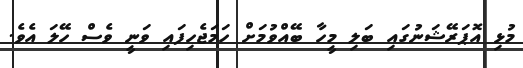
މުޅި އޮޕަރޭޝަނުގައި ބަލި މީހާ ބޭއްވުމަށް ހަމަޖެހިފައި ވަނީ ވެސް ހޭލަ އެވެ.